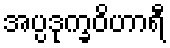
အပ္ပဒုက္ခဝိဟာရီ